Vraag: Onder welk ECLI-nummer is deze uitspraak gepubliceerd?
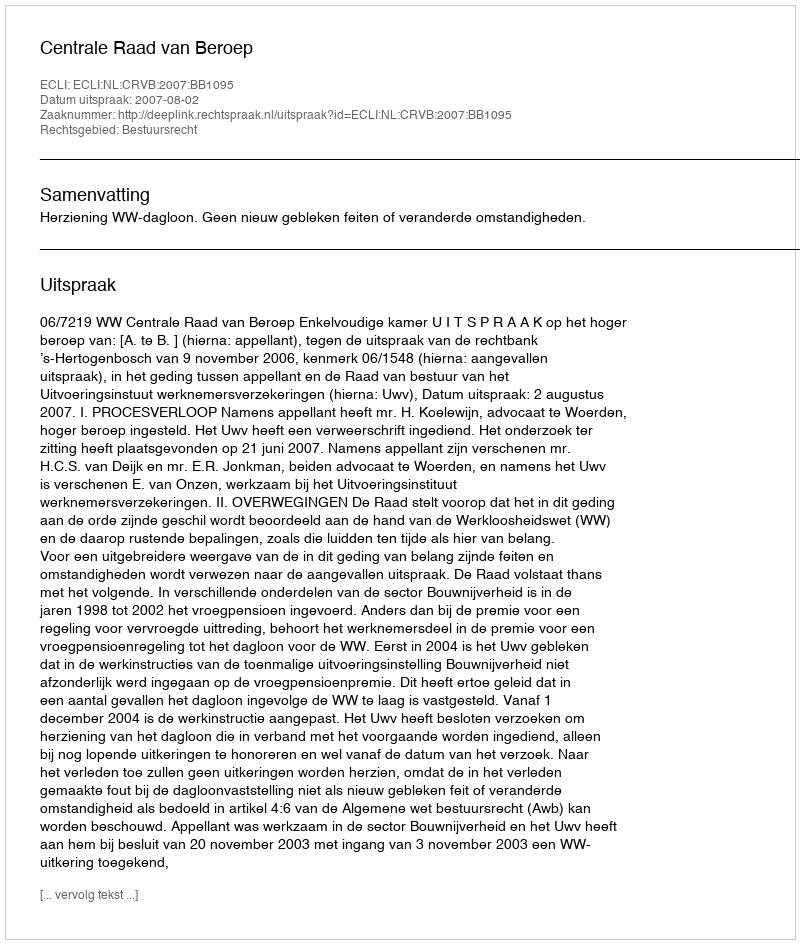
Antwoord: ECLI:NL:CRVB:2007:BB1095